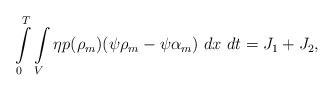
LaTeX: \begin{align*}\int\limits_0^T\int\limits_{V} \eta p(\rho_m) (\psi\rho_m - \psi\alpha_m)\ dx\ dt = J_1 + J_2,\end{align*}